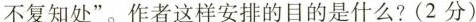
不复知处”。作者这样安排的目的是什么?(2分)